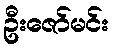
ဦးဇော်မင်း